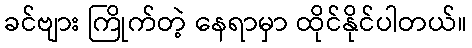
ခင်ဗျား ကြိုက်တဲ့ နေရာမှာ ထိုင်နိုင်ပါတယ်။